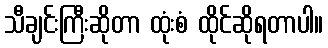
သီချင်းကြီးဆိုတာ ထုံးစံ ထိုင်ဆိုရတာပါ။